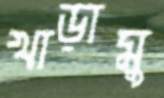
খাড়ামু